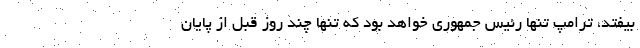
بیفتد، ترامپ تنها رئیس جمهوری خواهد بود که تنها چند روز قبل از پایان